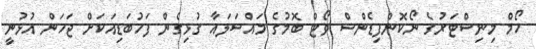
ހޯމް މިނިސްޓަރުގެ ނޯކޮންފިޑެންސް ވޯޓް ބޮމުގެ މައްސަލައާ ގުޅިގެން ފަހުބަޑިއަކަށް ޖަހަން އުޅުނީ